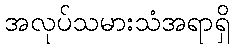
အလုပ်သမားသံအရာရှိ